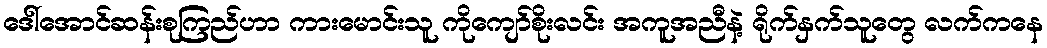
ဒေါ်အောင်ဆန်းစုကြည်ဟာ ကားမောင်းသူ ကိုကျော်စိုးလင်း အကူအညီနဲ့ ရိုက်နှက်သူတွေ လက်ကနေ